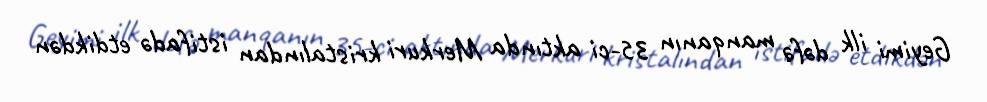
Geyimi ilk dəfə manqanın 35-ci aktında Merkuri kristalından istifadə etdikdən